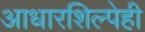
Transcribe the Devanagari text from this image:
आधारशिल्पेही